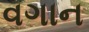
વગાન